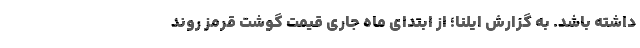
داشته باشد. به گزارش ایلنا؛ از ابتدای ماه جاری قیمت گوشت قرمز روند